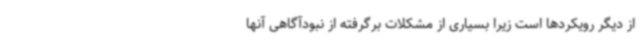
از دیگر رویکردها است زیرا بسیاری از مشکلات برگرفته از نبودآگاهی آنها